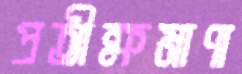
প্রতীক্ষমাণা